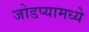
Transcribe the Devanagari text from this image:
जोडप्यामध्ये